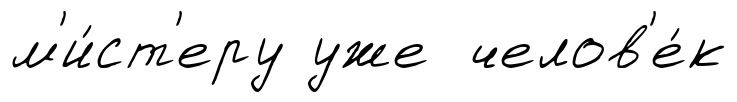
м'и́ст'еру уже челов'е́к